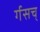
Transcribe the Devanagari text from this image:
र्गसच्